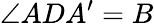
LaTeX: \angle ADA^{\prime}=B